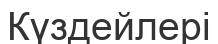
Күздейлері